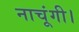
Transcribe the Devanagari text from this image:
नाचूंगी।